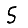
Digit: 5